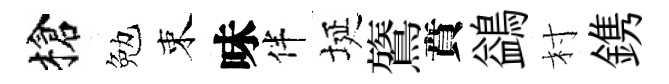
槍勉束味伴埏鷟賁鷁村鎸